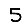
Digit: 5